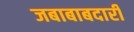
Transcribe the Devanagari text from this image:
जबाबाबदारी